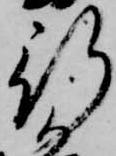
新